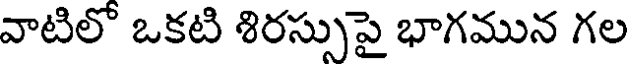
వాటిలొ ఒకటి శిరస్సుపై భాగమున గల